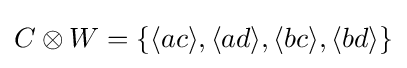
C\otimes W=\{\langle ac\rangle ,\langle ad\rangle ,\langle bc\rangle ,\langle bd\rangle \}